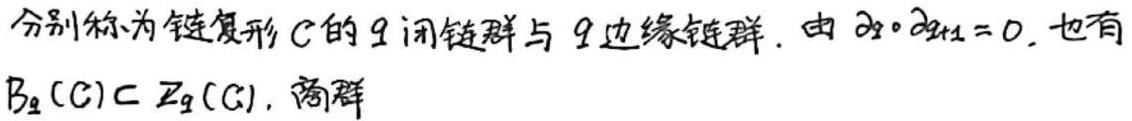
分别称为链复形$C$的$q$闭链群与$q$边缘链群. 由$\partial_q\circ\partial_{q + 1}=0$, 也有$B_q(C)\subset Z_q(C)$. 商群